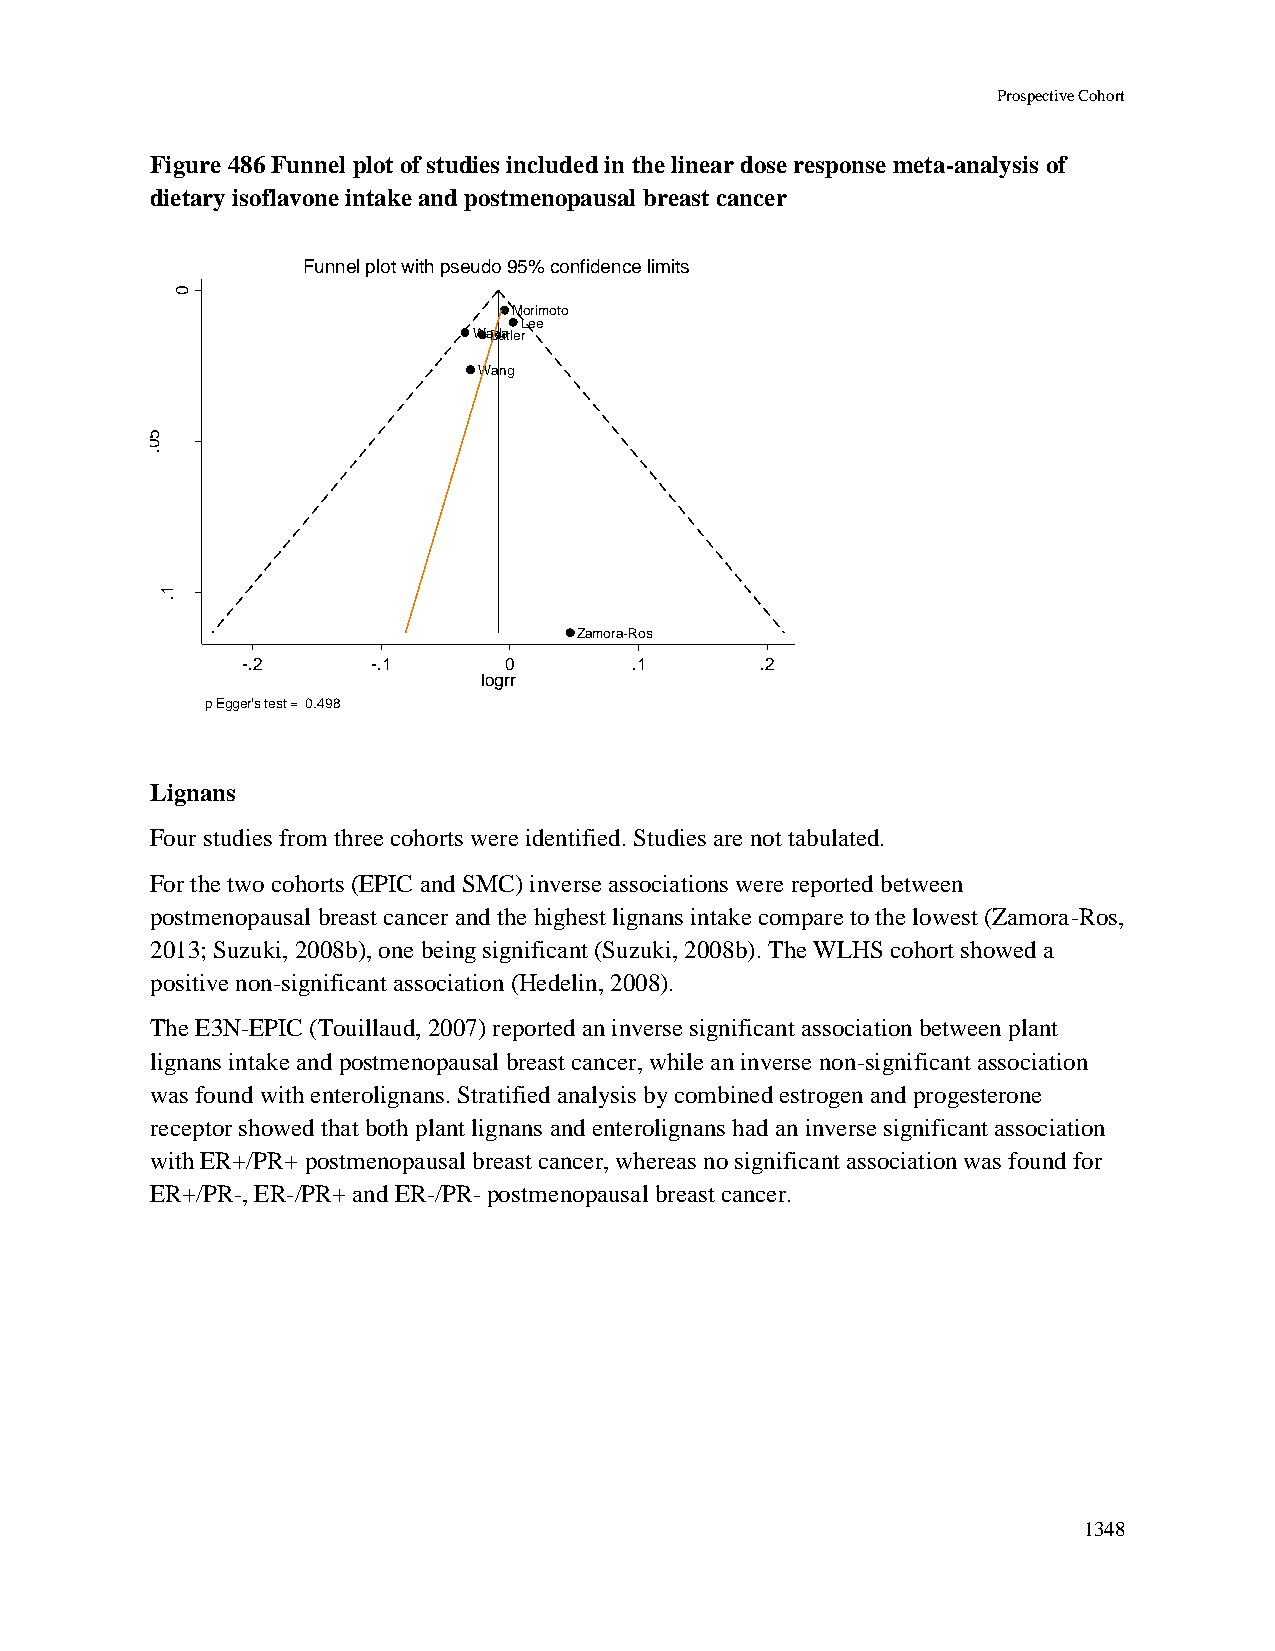
Prospective Cohort
 Figure 486 Funnel plot of studies included in the linear dose response meta-analysis of
 dietary isoflavone intake and postmenopausal breast cancer
 Funnel plot with pseudo 95% confidence limits
 0
 Morimoto
 Lee
 WaBduatler
 Wang
 rrg
 5
 o      0
 l
 fo
 .
 .e
 .s
 1
 .
 Zamora-Ros
 -.2      -.1     0        .1      .2
 logrr
 p Egger's test = 0.498
 Lignans
 Four studies from three cohorts were identified. Studies are not tabulated.
 For the two cohorts (EPIC and SMC) inverse associations were reported between
 postmenopausal breast cancer and the highest lignans intake compare to the lowest (Zamora-Ros,
 2013; Suzuki, 2008b), one being significant (Suzuki, 2008b). The WLHS cohort showed a
 positive non-significant association (Hedelin, 2008).
 The E3N-EPIC (Touillaud, 2007) reported an inverse significant association between plant
 lignans intake and postmenopausal breast cancer, while an inverse non-significant association
 was found with enterolignans. Stratified analysis by combined estrogen and progesterone
 receptor showed that both plant lignans and enterolignans had an inverse significant association
 with ER+/PR+ postmenopausal breast cancer, whereas no significant association was found for
 ER+/PR-, ER-/PR+ and ER-/PR- postmenopausal breast cancer.
 1348